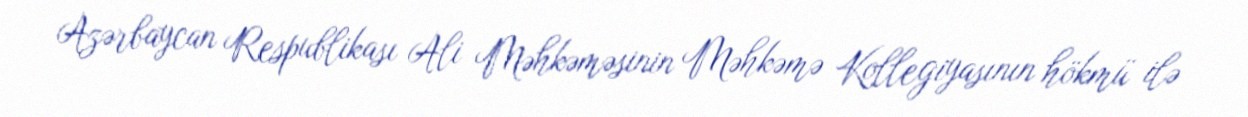
Azərbaycan Respublikası Ali Məhkəməsinin Məhkəmə Kollegiyasının hökmü ilə